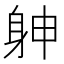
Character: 𨈮